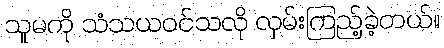
သူမကို သံသယဝင်သလို လှမ်းကြည့်ခဲ့တယ်။